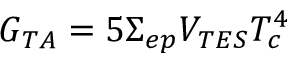
G _ { T A } = 5 \Sigma _ { e p } V _ { T E S } T _ { c } ^ { 4 }